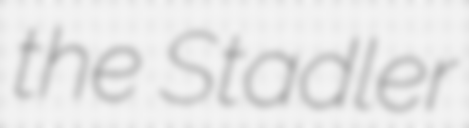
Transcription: the Stadler